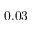
0 . 0 3